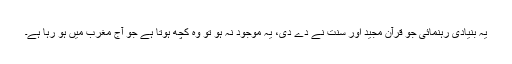
یہ بنیادی رہنمائی جو قرآن مجید اور سنت نے دے دی، یہ موجود نہ ہو تو وہ کچھ ہوتا ہے جو آج مغرب میں ہو رہا ہے۔